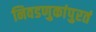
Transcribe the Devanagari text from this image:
निवडणुकांपुरतं